Report of the Bombay Veterinary College
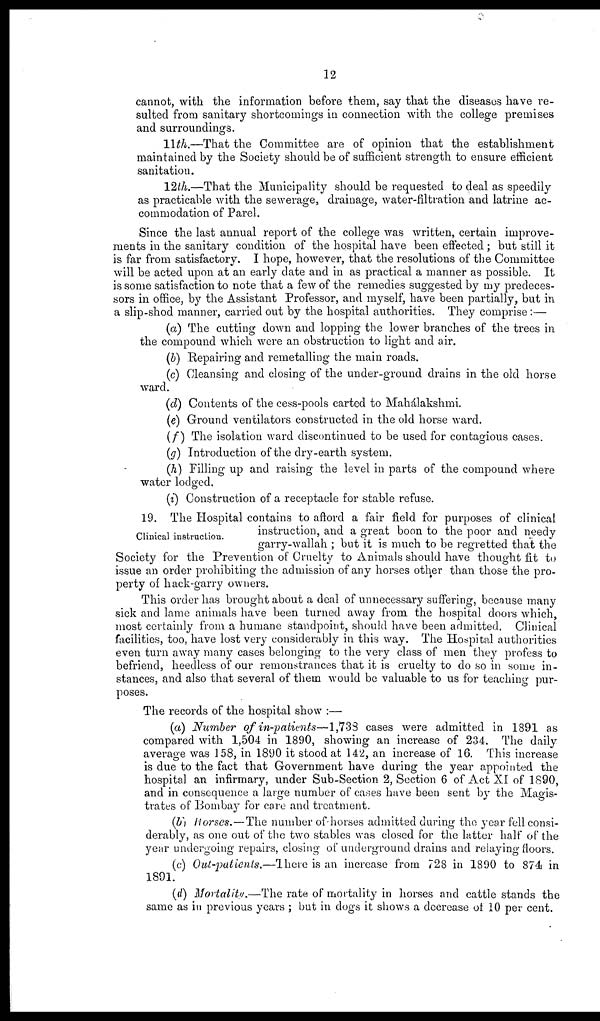
12
cannot, with the information before them, say that the diseases have re-
sulted from sanitary shortcomings in connection with the college premises
and surroundings.
11th.—That the Committee are of opinion that the establishment
maintained by the Society should be of sufficient strength to ensure efficient
sanitation.
12th.—That the Municipality should be requested to deal as speedily
as practicable with the sewerage, drainage, water-filtration and latrine ac-
commodation of Parel.
Since the last annual report of the college was written, certain improve-
ments in the sanitary condition of the hospital have been effected; but still it
is far from satisfactory. I hope, however, that the resolutions of the Committee
will be acted upon at an early date and in as practical a manner as possible. It
is some satisfaction to note that a few of the remedies suggested by my predeces-
sors in office, by the Assistant Professor, and myself, have been partially, but in
a slip-shod manner, carried out by the hospital authorities. They comprise:—
(a) The cutting down and lopping the lower branches of the trees in
the compound which were an obstruction to light and air.
(b) Repairing and remetalling the main roads.
(c) Cleansing and closing of the under-ground drains in the old horse
ward.
(d) Contents of the cess-pools carted to Mahálakshmi.
(e) Ground ventilators constructed in the old horse ward.
(f) The isolation ward discontinued to be used for contagious cases.
(g) Introduction of the dry-earth system.
(h) Filling up and raising the level in parts of the compound where
water lodged.
(i) Construction of a receptacle for stable refuse.
Clinical instruction.
19. The Hospital contains to afford a fair field for purposes of clinical
instruction, and a great boon to the poor and needy
garry-wallah ; but it is much to be regretted that the
Society for the Prevention of Cruelty to Animals should have thought fit to
issue an order prohibiting the admission of any horses other than those the pro-
perty of hack-garry owners.
This order has brought about a deal of unnecessary suffering, because many
sick and lame animals have been turned away from the hospital doors which,
most certainly from a humane standpoint, should have been admitted. Clinical
facilities, too, have lost very considerably in this way. The Hospital authorities
even turn away many cases belonging to the very class of men they profess to
befriend, heedless of our remonstrances that it is cruelty to do so in some in-
stances, and also that several of them would be valuable to us for teaching pur-
poses.
The records of the hospital show :—
(a) Number of in-patients—1,738 cases were admitted in 1891 as
compared with 1,504 in 1890, showing an increase of 234. The daily
average was 158, in 1890 it stood at 142, an increase of 16. This increase
is due to the fact that Government have during the year appointed the
hospital an infirmary, under Sub-Section 2, Section 6 of Act XI of 1890,
and in consequence a large number of cases have been sent by the Magis-
trates of Bombay for care and treatment.
(b) Horses.—The number of horses admitted during the year fell consi-
derably, as one out of the two stables was closed for the latter half of the
year undergoing repairs, closing of underground drains and relaying floors.
(c) Out-patients.—There is an increase from 728 in 1890 to 874 in
1891.
(d) Mortality.—The rate of mortality in horses and cattle stands the
same as in previous years ; but in dogs it shows a decrease of 10 per cent.